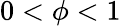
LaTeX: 0<\phi<1